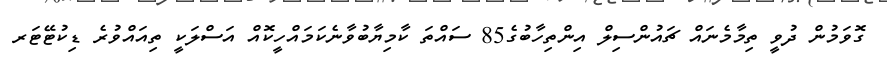
ގޮވަމުން ދުވީ ތިމާމެނައް ޗައުންސިލް އިންތިހާބުގެ85 ސައްތަ ކާމިޔާބުވާނެކަމައްހީކޮއް އަސްލަކީ ތިއައްވުރެ ޑިކުޓޭޓަރ